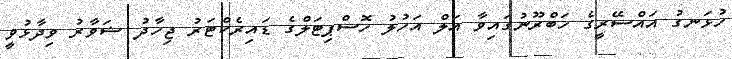
ހުޅަނގު އައްސޭރީގެ ހަބްރޫނުގައިވާ އަލް އަހުލު ހޮސްޕިޓަލްގެ ޑައިރެކްޓަރު ޖިހާދު ޝަވާރު ވިދާޅުވީ